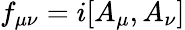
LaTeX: f_{\mu\nu}=i[A_{\mu},A_{\nu}]